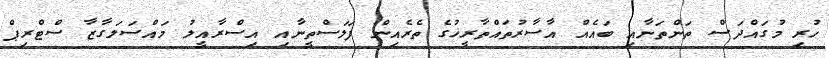
ހުރި މުގައްދަސް ތަންތަނާއި ބައެއް އާސާރުތައްތާރީޚުގެ ތެރެއިން ފަލަސްތީނާއި އިސްރާއީލު މައްސަލަގާޒާ ސްޓްރިޕް